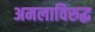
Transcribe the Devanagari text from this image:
अमलाविरुद्ध